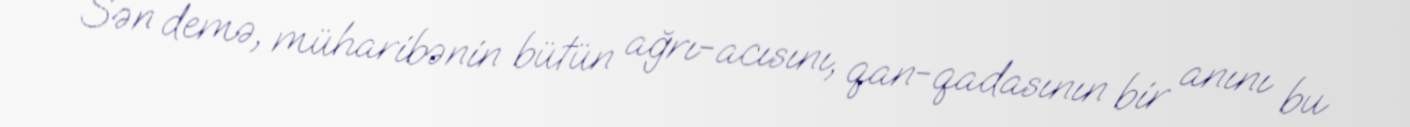
Sən demə, müharibənin bütün ağrı-acısını, qan-qadasının bir anını bu